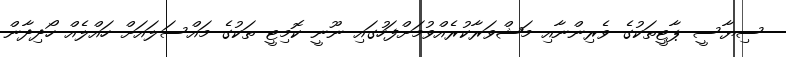
ސިޔާސީ ޕާޓީތަކުގެ ވެރިންނާއި މަޝްވަރާކުރެއްވުމަށްފަހުގައި ނޫނީ ކޮމިޓީ ތަކުގެ މައްސަލައަށް ހައްލެއް ހޯދިދާން